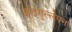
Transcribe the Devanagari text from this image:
कठमुल्लेपन